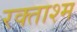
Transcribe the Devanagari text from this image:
रक्ताश्म